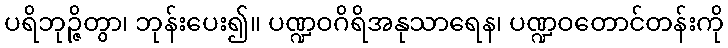
ပရိဘုဉ္ဇိတွာ၊ ဘုန်းပေး၍။ ပဏ္ဍဝဂိရိအနုသာရေန၊ ပဏ္ဍဝတောင်တန်းကို